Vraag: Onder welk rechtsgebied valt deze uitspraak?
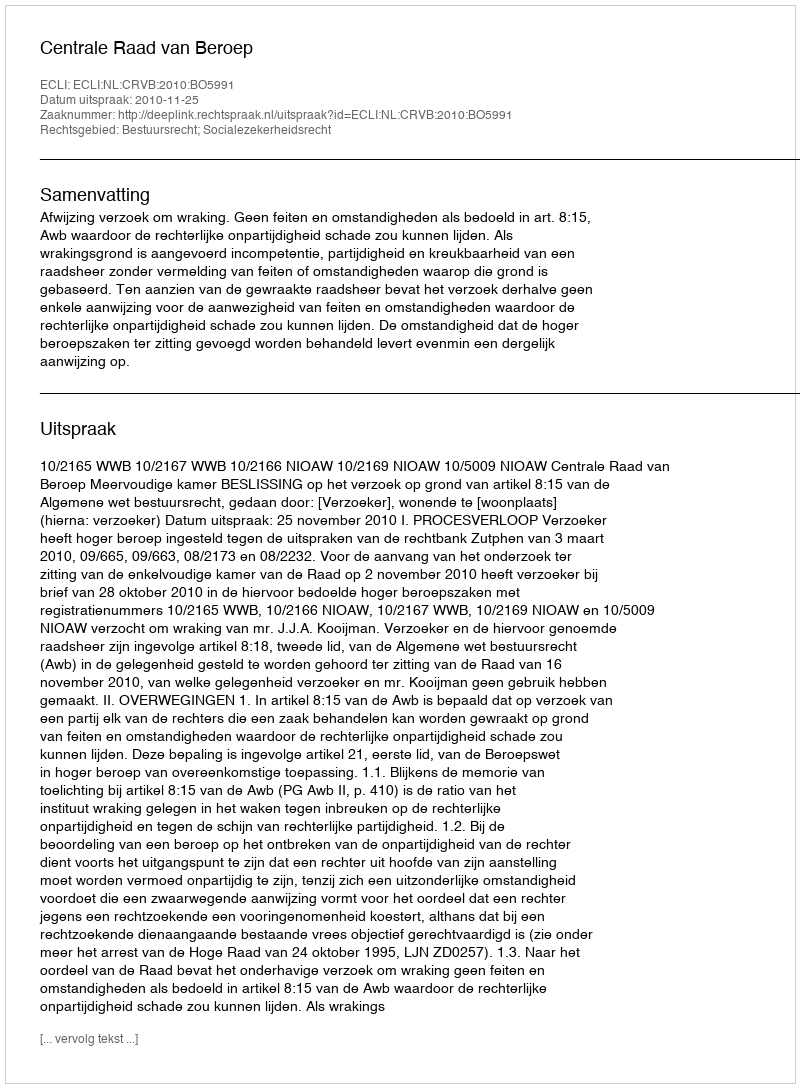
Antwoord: Bestuursrecht; Socialezekerheidsrecht